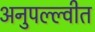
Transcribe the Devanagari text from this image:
अनुपल्ल्वीत